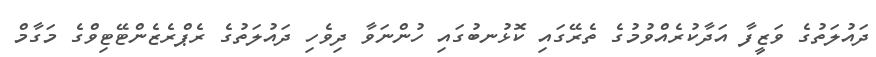
ދައުލަތުގެ ވަޒީފާ އަދާކުރެއްވުމުގެ ތެރޭގައި ކޮޅުނބުގައި ހުންނަވާ ދިވެހި ދައުލަތުގެ ރެޕްރެޒެންޓޭޓިވްގެ މަގާމް